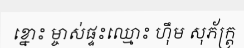
ខ្នោះ ម្ចាស់ផ្ទះឈ្មោះ ហ៊ឹម សុភ័ក្ត្រ